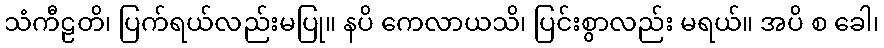
သံကီဠတိ၊ ပြက်ရယ်လည်းမပြု။ နပိ ကေလာယသိ၊ ပြင်းစွာလည်း မရယ်။ အပိ စ ခေါ၊